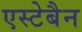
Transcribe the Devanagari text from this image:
एस्टेबैन